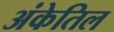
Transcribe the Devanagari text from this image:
अंकेतिल